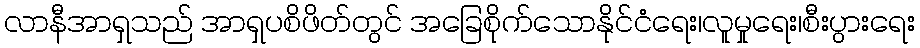
လာနီအာရှသည် အာရှပစိဖိတ်တွင် အခြေစိုက်သောနိုင်ငံရေး၊လူမှုရေး၊စီးပွားရေး